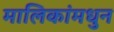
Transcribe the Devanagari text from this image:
मालिकांमधुन